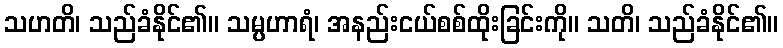
သဟတိ၊ သည်ခံနိုင်၏။ သမ္ပဟာရံ၊ အနည်းငယ်စစ်ထိုးခြင်းကို။ သတိ၊ သည်ခံနိုင်၏။